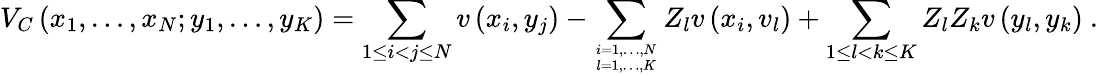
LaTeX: V_{C}\left(x_{1},\ldots,x_{N};y_{1},\ldots,y_{K}\right)=\sum_{1\leq i<j\leq N}v\left(x_{i},y_{j}\right)-\sum_{i=1,\ldots,N\atop l=1,\ldots,K}Z_{l}v\left(x_{i},v_{l}\right)+\sum_{1\leq l<k\leq K}Z_{l}Z_{k}v\left(y_{l},y_{k}\right)\ .